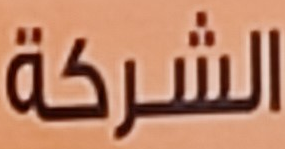
الشركة